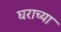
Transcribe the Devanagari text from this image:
घराच्‍या